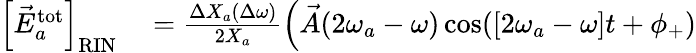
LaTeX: \begin{array}{rl}{\left[\vec{E}_{a}^{\mathrm{tot}}\right]_{\mathrm{RIN}}}&{{}=\frac{\Delta X_{a}(\Delta\omega)}{2X_{a}}\left(\vec{A}(2\omega_{a}-\omega)\cos([2\omega_{a}-\omega]t+\phi_{+})\right.}\end{array}